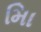
માિ